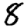
Digit: 8